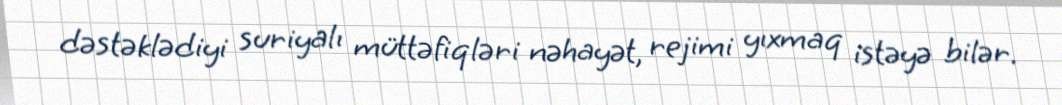
dəstəklədiyi suriyalı müttəfiqləri nəhayət, rejimi yıxmaq istəyə bilər.